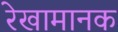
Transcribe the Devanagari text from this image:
रेखामानक